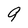
Character: 9